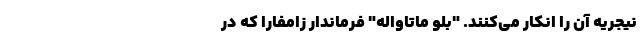
نیجریه آن را انکار می‌کنند. "بلو ماتاواله" فرماندار زامفارا که در